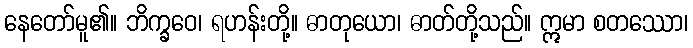
နေတော်မူ၏။ ဘိက္ခဝေ၊ ရဟန်းတို့။ ဓာတုယော၊ ဓာတ်တို့သည်။ ဣမာ စတဿော၊